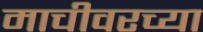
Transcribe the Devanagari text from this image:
माचीवरच्या